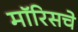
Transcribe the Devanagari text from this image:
मॉरिसचे